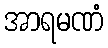
အာရမဏံ